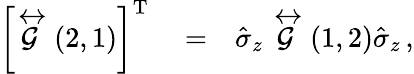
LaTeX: \begin{array}{rlr}{\left\lbrack\stackrel{\leftrightarrow}{\mathcal{G}}\left(2,1\right)\right\rbrack^{\mathrm{T}}}&{{}=}&{\hat{\sigma}_{z}\stackrel{\leftrightarrow}{\mathcal{G}}\left(1,2\right)\hat{\sigma}_{z}\, ,}\end{array}